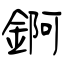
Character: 錒